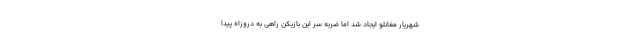
شهریار مغانلو ایجاد شد اما ضربه سر این بازیکن راهی به دروزاه پیدا